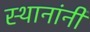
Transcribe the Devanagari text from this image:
स्थानांनी